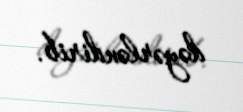
dəyərləndirib.